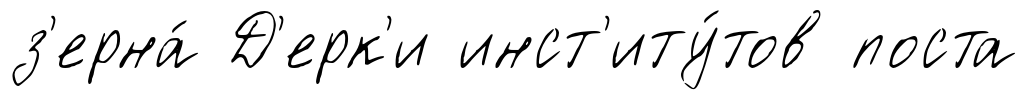
з'ерна́ Д'ерк'и инст'иту́тов поста